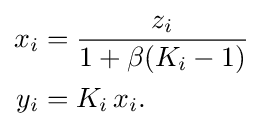
{\begin{aligned}x_{i}&={\frac {z_{i}}{1+\beta (K_{i}-1)}}\\y_{i}&=K_{i}\,x_{i}.\end{aligned}}